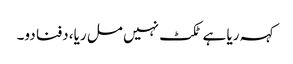
کہہ ریا ہے ٹکٹ نہیں مل ریا، دفنا دو۔